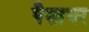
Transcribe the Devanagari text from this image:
पैसाभर